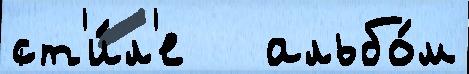
ст'и́л'е   альбо́м